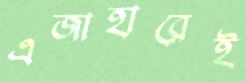
এজাহারেই